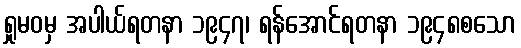
ရှုမဝမှ အပါယ်ရတနာ ၁၉၄၇၊ ရန်အောင်ရတနာ ၁၉၄၈စသော